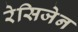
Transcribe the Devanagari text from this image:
रेसिजेन